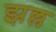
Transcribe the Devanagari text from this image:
झल्ल